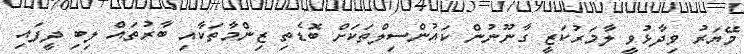
މޭޔަރު ވިދާޅުވީ ލާމަރުކަޒީ ގާނޫނުން ކައުންސިލްތަކަށް ބޮޑެތި ޒިންމާތަކާއި ބާރުތައް ލިބި ދީފައި